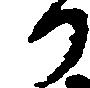
か